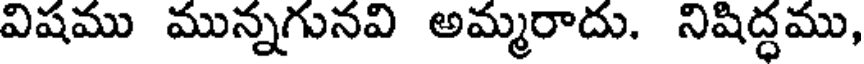
విషము మున్నగునవి అమ్మరాదు. నిషిద్ధము,